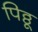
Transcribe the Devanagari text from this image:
पिठ्ठू